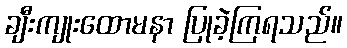
ချီးကျုးထောမနာ ပြုခဲ့ကြရသည်။